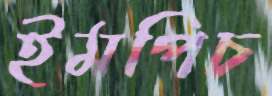
ইমপিচ